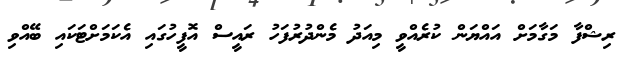
ރިޝްފާ މަގާމަށް އައްޔަން ކުރެއްވީ މިއަދު މެންދުރުފަހު ރައީސް އޮފީހުގައި އެކަމަށްޓަކައި ބޭއްވި